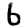
Digit: 6